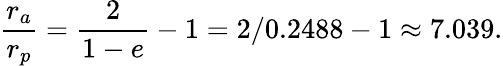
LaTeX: {\frac{r_{a}}{r_{p}}}={\frac{2}{1-e}}-1=2/0.2488-1\approx 7.039.